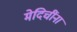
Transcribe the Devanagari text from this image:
मेदिचींना